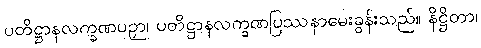
ပတိဋ္ဌာနလက္ခဏပဉှာ၊ ပတိဋ္ဌာနလက္ခဏပြဿနာမေးခွန်းသည်။ နိဋ္ဌိတာ၊